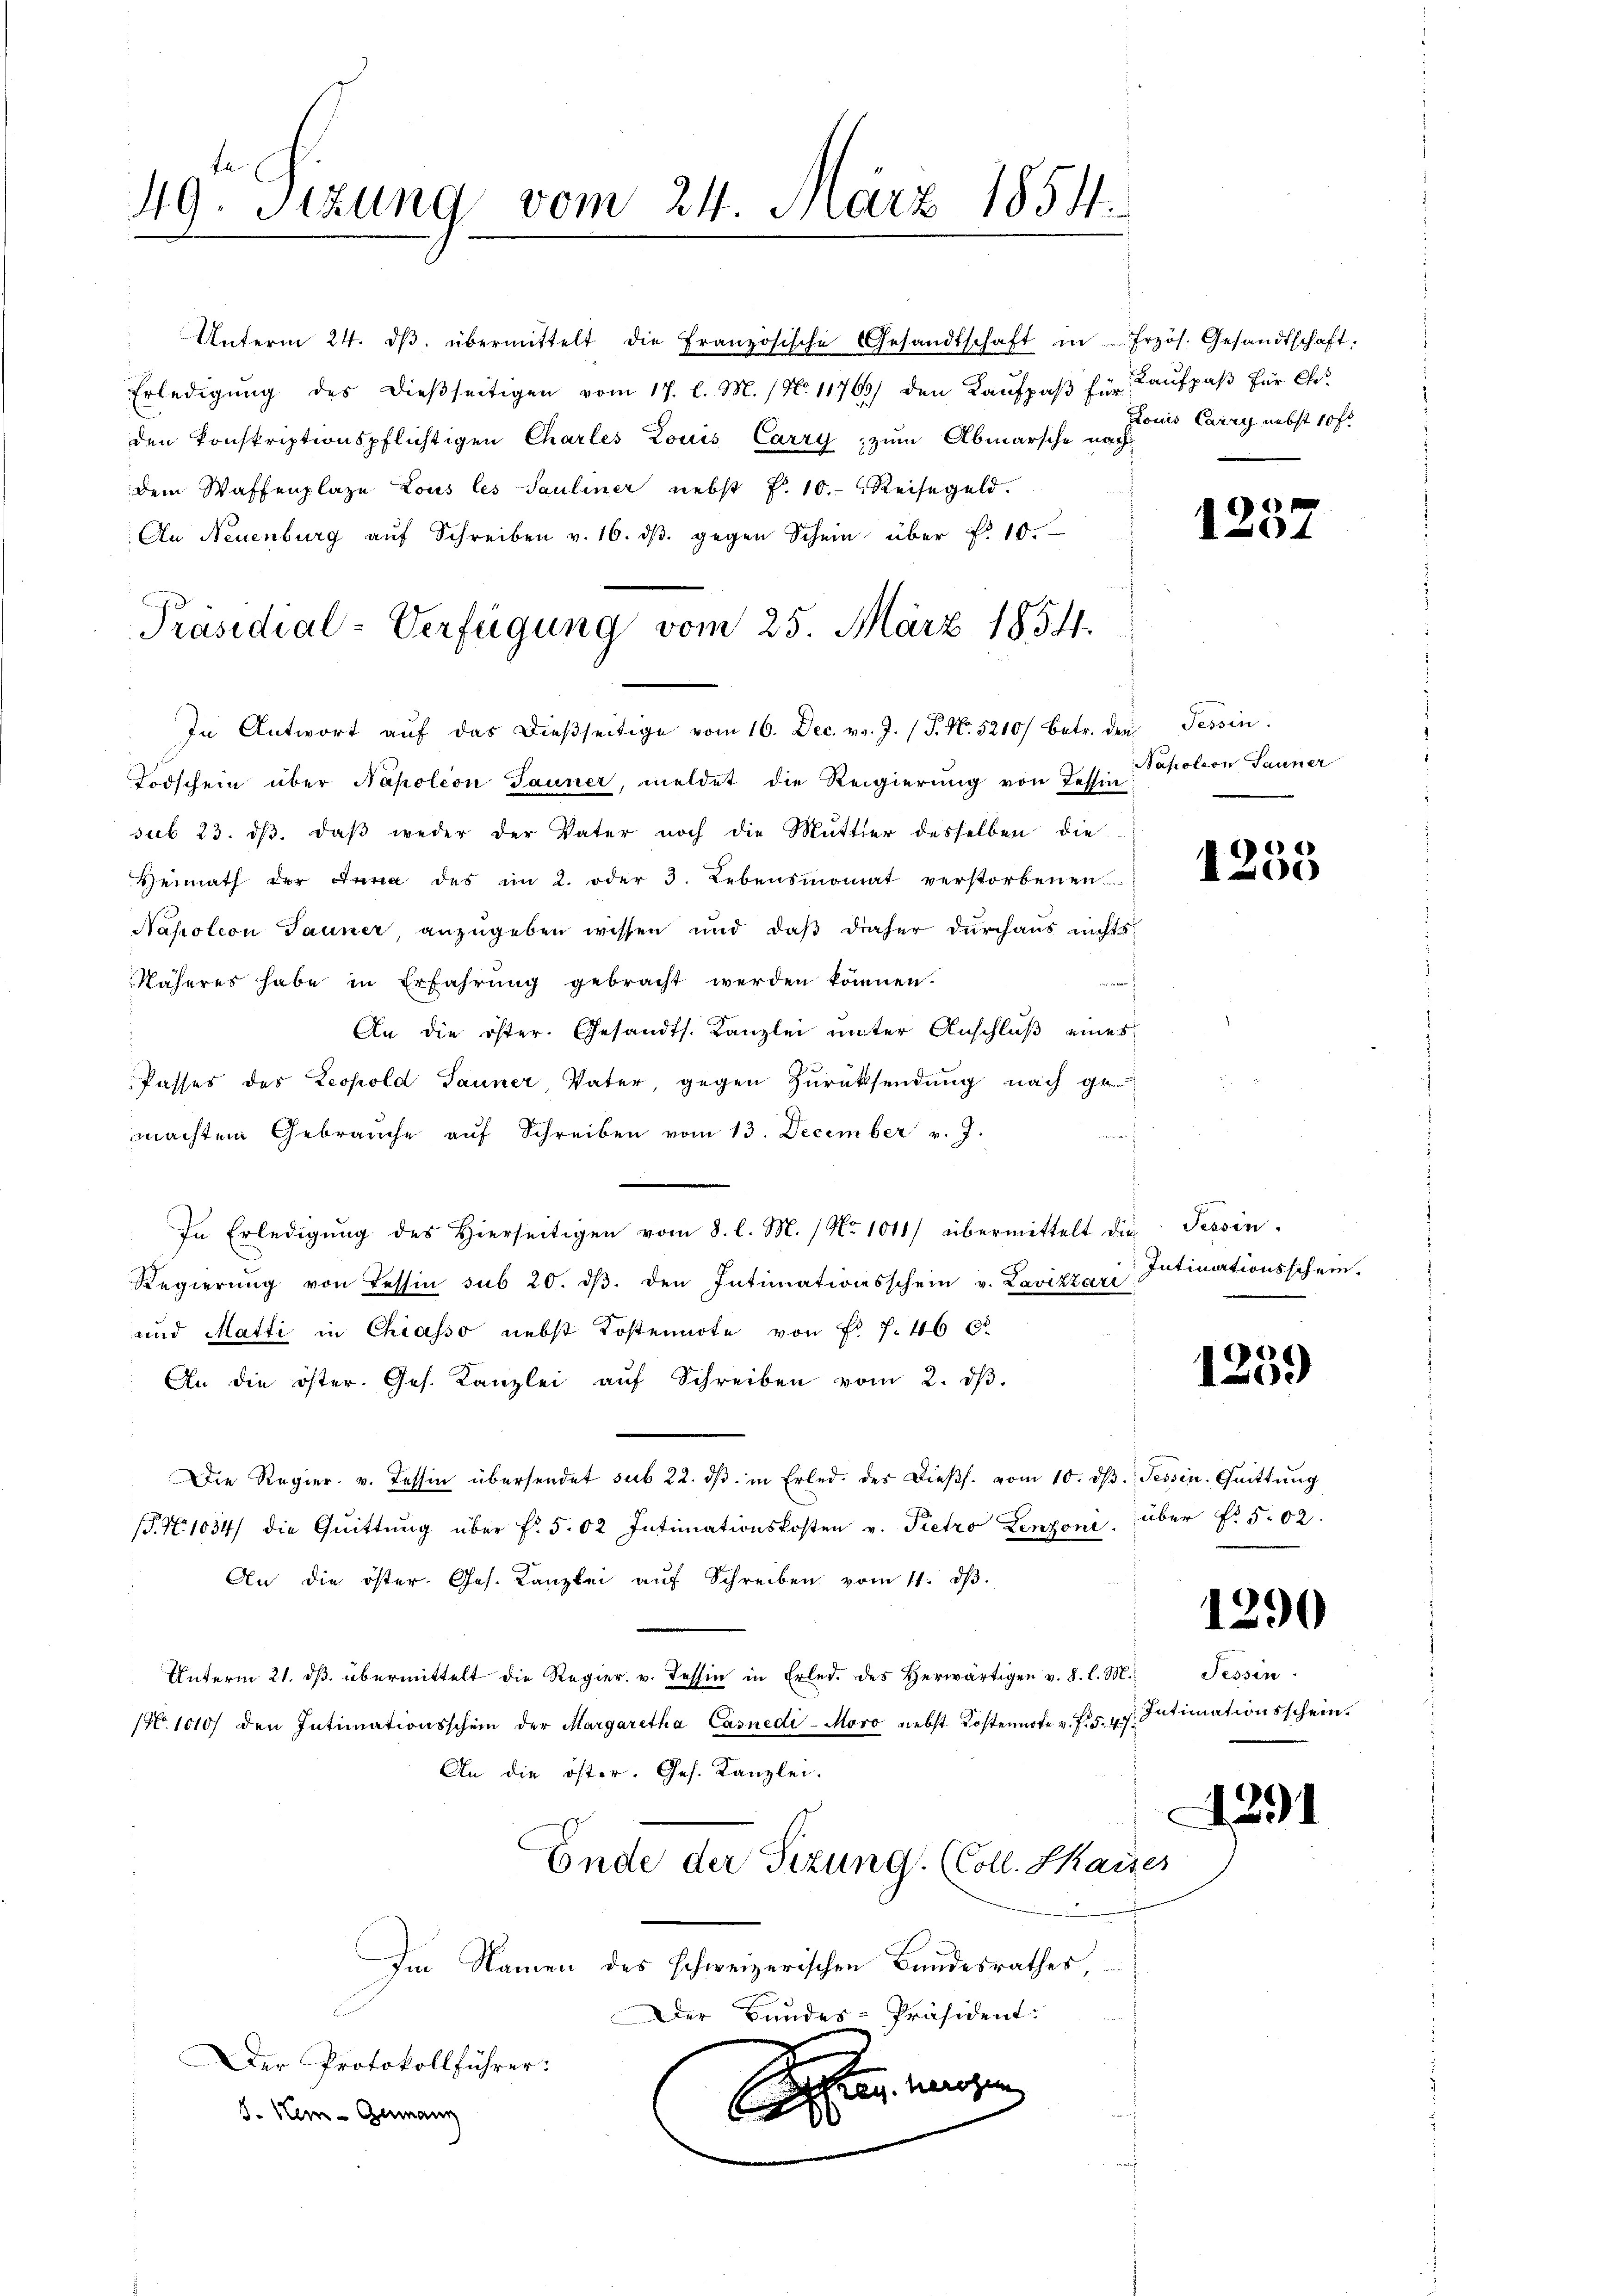
49. Sizung vom 24. März 1854.

Unterm 24. dβ übermittelt die Französische Gesandtschaft in frzös. Gesandtschaft.
Erledigŭng des dießseitigen vom 17. l. M. (N. 11763) den Kaŭfpaβ für
den konskriptionspflichtigen Charles Louis Carry zum Abmarsche nach
dem Waffenplaze Lous les Pauliner nebst P. 10. Reisegeld.
An Neuenburg aŭf Schreiben v. 16. dβ gegen Schein über f. 10
In Antwort aŭf das dießseitige vom 16. Dec. v. J. (T. N. 5210/ betr. den Tessin.
Todschein über Napoleon Jauner, meldet die Regierung von Tessin
sub 23. dβ, daβ weder der Vater noch die Mutter desselben die
Heimath der Jena des im 2. oder 3. Lebensmonat verstorbenen Besc
Nahotion Jauner, anzugeben wissen und daß daher durchaus nichts
u
Näheres habe in Erfahrŭng gebracht werden können.
An die öster. Gesandts. Kanzlei unter Anschluß eines
Passes des Leopold Jauner, Vater, gegen Zurücksendung nach ge-
machten Gebrauche aŭf Schreiben vom 13. December v. J.
In Erledigŭng des hierseitigen vom 8. l. M. / No 1011/ übermittelt die Tessin.
Regierŭng von Tessin sub 20. dβ. den Intimationsschein v. Lavizzari Intimationsschein-
und Matti in Chiasso nebst Kostennote von Fr. f. 46 x
An die öster. Ges. Kanzlei aŭf Schreiben vom 2. dβ.
Die Regier- u. Tessin übersendet sub 22. dβ in Erled. des Dieβs. vom 10. dβ. Tessin. Quittŭng
. N. 1034/ die Quittung über f. 502 Intimationskosten v. Pietro Lenzoni über Fr. 502.
An die öster. Ges. Kanzlei aŭf Schreiben vom 11. dβ.
Unterm 21. dβ übermittelt die Regier. v. Tessin in Erled. des herwärtigen v. 8. l. M. Tessin
No 1010/ den Intimationsschein der Margaretha Casnedi-Movo nebst Kostenirte v. Fr. 5. v. Intimationsschein
An die öster. Ges. Kanzlei.
Ende der Sizung. (Coll. Kaises
Im Namen des schweizerischen Bundesrathes,
Der Bundes-Präsident:
Der Protokollführer:
n irgen
8. Hen-Germann

Präsidial-Verfügung vom 25. März 1854.

Kaufpaß für Chr.
Louis Carry nebst 10 f.

1237

Napoleon Jauner

1239

1290

1291